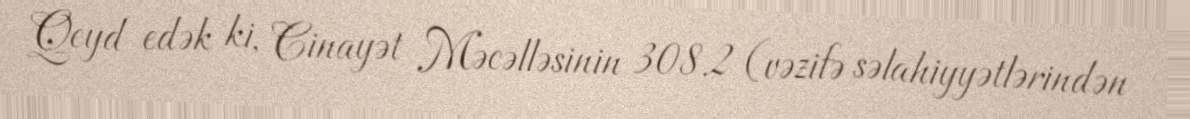
Qeyd edək ki, Cinayət Məcəlləsinin 308.2 (vəzifə səlahiyyətlərindən